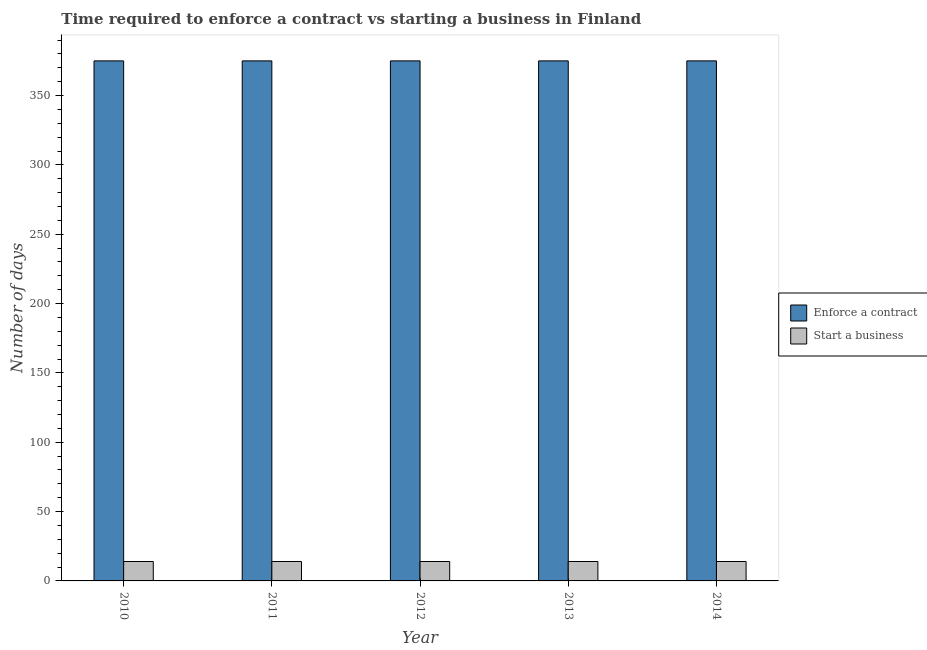
| Year | Enforce a contract | Start a business |
 | --- | --- | --- |
 | 2010 | 375 | 14 |
 | 2011 | 375 | 14 |
 | 2012 | 375 | 14 |
 | 2013 | 375 | 14 |
 | 2014 | 375 | 14 |